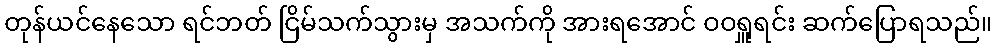
တုန်ယင်နေသော ရင်ဘတ် ငြိမ်သက်သွားမှ အသက်ကို အားရအောင် ဝဝရှူရင်း ဆက်ပြောရသည်။